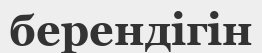
берендігін